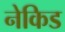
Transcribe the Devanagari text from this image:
नेकिड